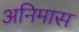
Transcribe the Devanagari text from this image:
अनिमास